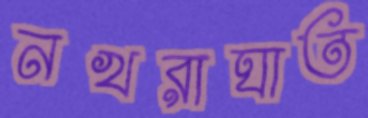
নখরাঘাত